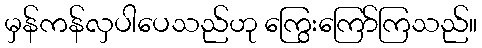
မှန်ကန်လှပါပေသည်ဟု ကြွေးကြော်ကြသည်။